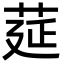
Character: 莚